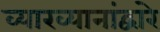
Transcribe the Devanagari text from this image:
व्याख्यानांद्वारे